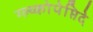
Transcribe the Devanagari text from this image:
ग्ल्य्कोपेप्तिदे